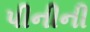
પીનીની